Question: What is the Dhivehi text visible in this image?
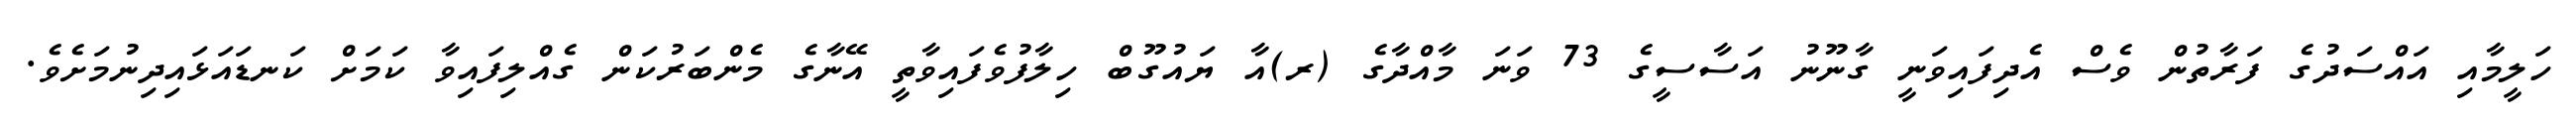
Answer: ހަލީމާއި އައްސަދުގެ ފަރާތުން ވެސް އެދިފައިވަނީ ގާނޫނު އަސާސީގެ 73 ވަނަ މާއްދާގެ (ރ)އާ ޔައުގޫބް ހިލާފުވެފައިވާތީ އޭނާގެ މެންބަރުކަން ގެއްލިފައިވާ ކަމަށް ކަނޑައަޅައިދިނުމަށެވެ.